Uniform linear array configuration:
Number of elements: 8
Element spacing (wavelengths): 1
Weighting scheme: hamming
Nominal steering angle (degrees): -60
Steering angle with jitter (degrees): -58.711
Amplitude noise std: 0.05
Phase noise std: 0.05

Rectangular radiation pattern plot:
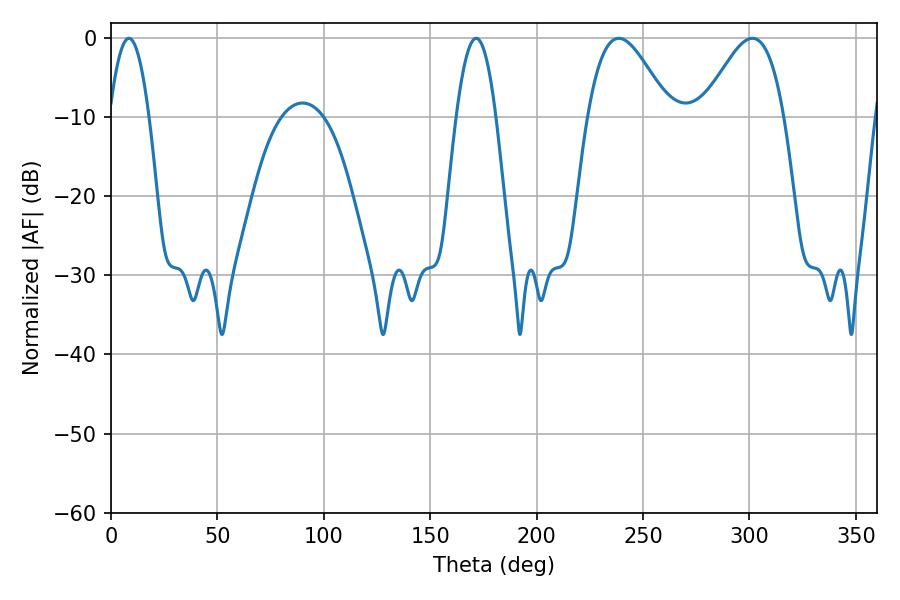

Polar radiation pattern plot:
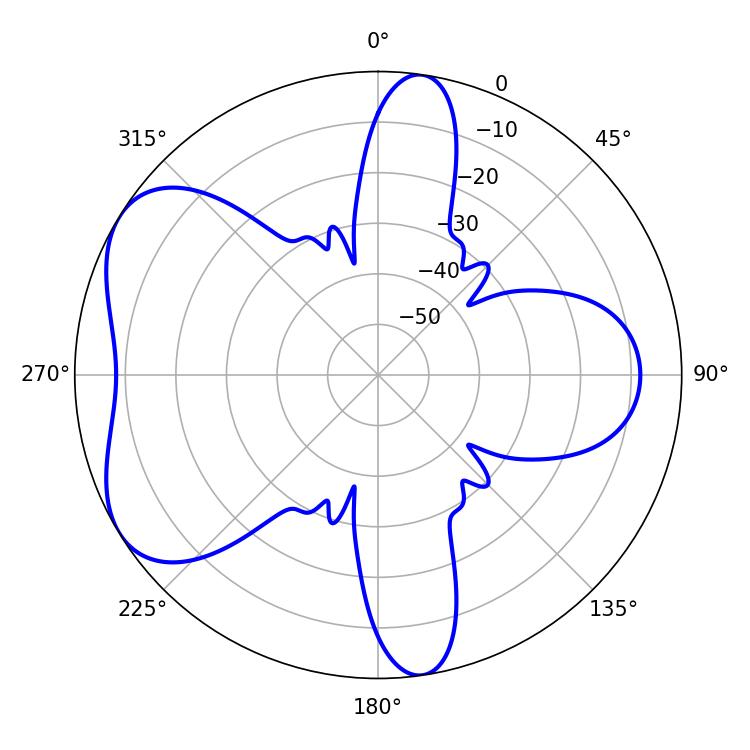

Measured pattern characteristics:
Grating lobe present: TRUE
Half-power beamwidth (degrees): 20.7
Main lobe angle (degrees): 238.68